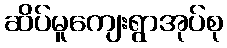
ဆိပ်မူကျေးရွာအုပ်စု